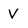
Character: V